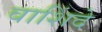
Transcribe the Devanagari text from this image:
वाशिंदे